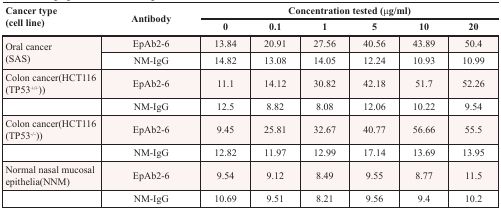
| <ROWSPAN=2> Cancer type (cell line) | <ROWSPAN=2> Antibody | <COLSPAN=6> Concentration tested (μg/ml) |
 | 0 | 0.1 | 1 | 5 | 10 | 20 |
 | --- | --- | --- | --- | --- | --- | --- | --- |
 | <ROWSPAN=2> Oral cancer(SAS) | EpAb2-6 | 13.84 | 20.91 | 27.56 | 40.56 | 43.89 | 50.4 |
 | NM-IgG | 14.82 | 13.08 | 14.05 | 12.24 | 10.93 | 10.99 |
 | Colon cancer(HCT116 (TP53+/+)) | EpAb2-6 | 11.1 | 14.12 | 30.82 | 42.18 | 51.7 | 52.26 |
 |  | NM-IgG | 12.5 | 8.82 | 8.08 | 12.06 | 10.22 | 9.54 |
 | Colon cancer(HCT116 (TP53−/−)) | EpAb2-6 | 9.45 | 25.81 | 32.67 | 40.77 | 56.66 | 55.5 |
 |  | NM-IgG | 12.82 | 11.97 | 12.99 | 17.14 | 13.69 | 13.95 |
 | Normal nasal mucosal epithelia(NNM) | EpAb2-6 | 9.54 | 9.12 | 8.49 | 9.55 | 8.77 | 11.5 |
 |  | NM-IgG | 10.69 | 9.51 | 8.21 | 9.56 | 9.4 | 10.2 |